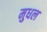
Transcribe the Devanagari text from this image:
मुधल